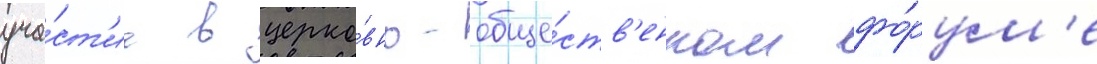
уча́ст'ие в церко́вно-обще́ств'енном фо́рум'е